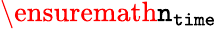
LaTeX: \ensuremath{\texttt{n}_{\texttt{time}}}